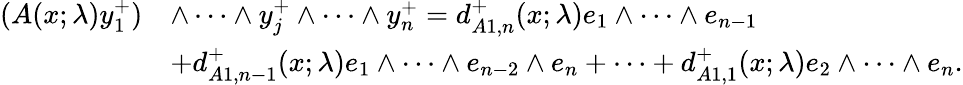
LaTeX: \begin{array}{rl}{(A(x;\lambda)y_{1}^{+})}&{\wedge\cdots\wedge y_{j}^{+}\wedge\cdots\wedge y_{n}^{+}=d_{A1,n}^{+}(x;\lambda)e_{1}\wedge\dots\wedge e_{n-1}}\\ &{+d_{A1,n-1}^{+}(x;\lambda)e_{1}\wedge\dots\wedge e_{n-2}\wedge e_{n}+\dots+d_{A1,1}^{+}(x;\lambda)e_{2}\wedge\dots\wedge e_{n}.}\end{array}